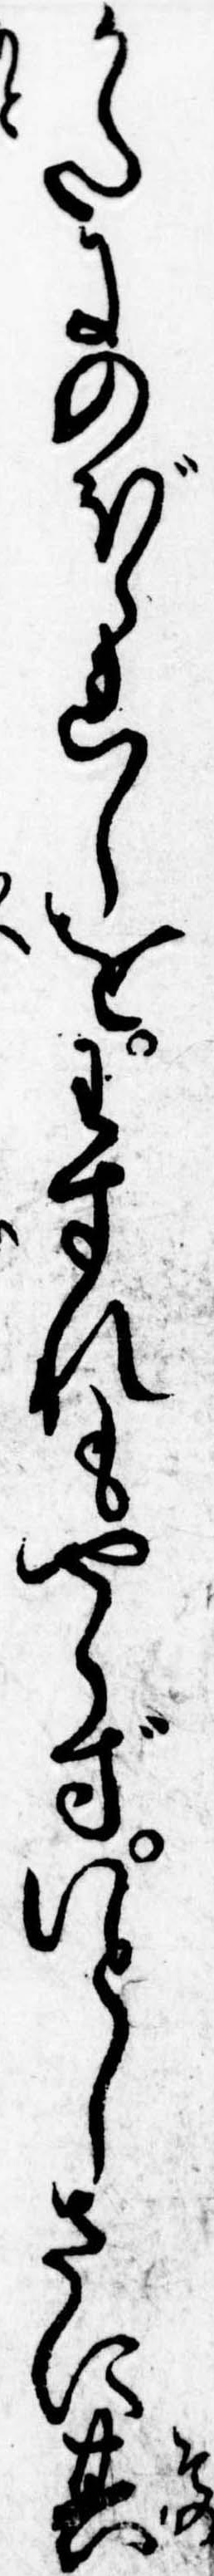
かたにのぼられしをわすれもやらずいとしさに其